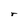
Character: r